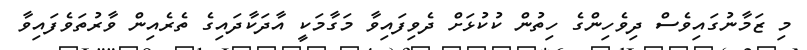
މި ޒަމާނުގައިވެސް ދިވެހިންގެ ހިތުން ކުކުޅަށް ދެވިފައިވާ މަގާމަކީ އާދަކާދައިގެ ތެރެއިން ވާރުތަވެފައިވާ